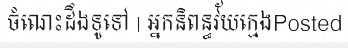
ចំណេះដឹងទូទៅ | អ្នកនិពន្ធវ័យក្មេងPosted